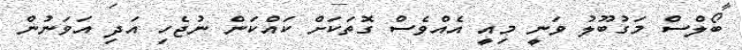
ބޯލްސް މަގުބޫލު ވަނީ މިއީ އެއްވެސް ގޮތަކަށް ކައްކަން ނުޖެހި އަދި އަވަނުން